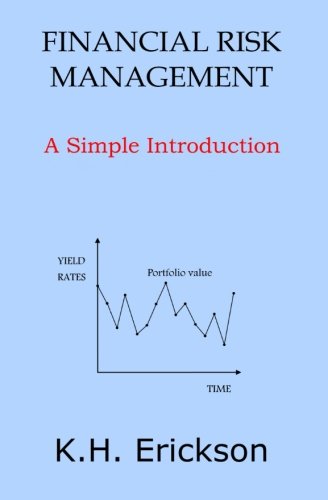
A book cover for Financial Risk Management: A Simple Introduction; K. H. Erickson; Business & Money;